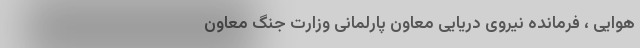
هوایی‌ ، فرمانده‌ نیروی‌ دریایی‌ معاون‌ پارلمانی‌ وزارت‌ جنگ‌ معاون‌